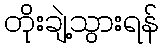
တိုးချဲ့သွားရန်